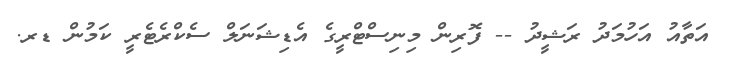
އަތާއު އަހުމަދު ރަޝީދު -- ފޮރިން މިނިސްޓްރީގެ އެޑިޝަނަލް ސެކްރެޓެރީ ކަމުން ޑރ.